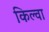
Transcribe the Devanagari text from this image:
किल्वा